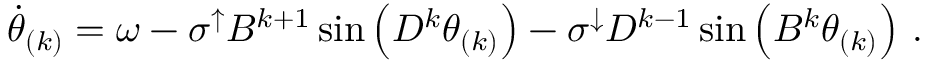
\begin{array} { r } { \Dot { \theta } _ { ( k ) } = \omega - \sigma ^ { \uparrow } B ^ { k + 1 } \sin \left( D ^ { k } \theta _ { ( k ) } \right) - \sigma ^ { \downarrow } D ^ { k - 1 } \sin \left( B ^ { k } \theta _ { ( k ) } \right) \, . } \end{array}